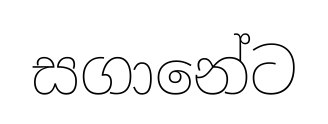
සගානේට